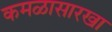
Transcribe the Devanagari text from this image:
कमळासारखा